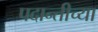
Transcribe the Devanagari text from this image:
पदान्तीच्या